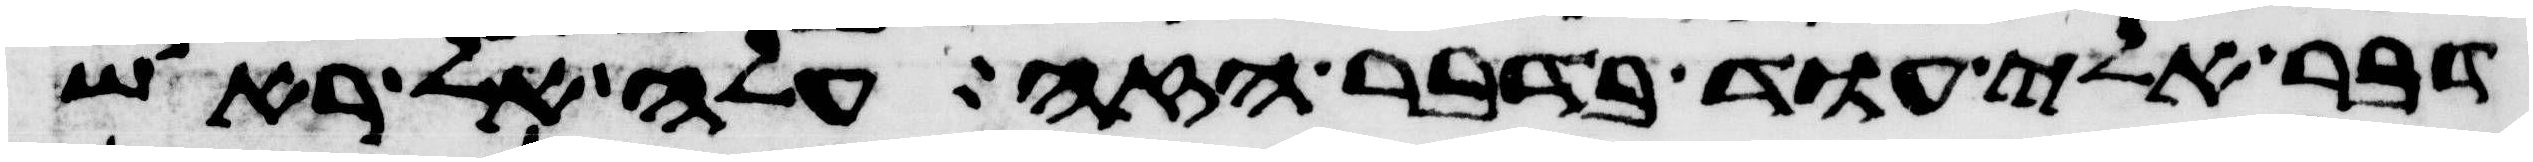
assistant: דבר אלי עוד בדבר הזה עלה אל ראש